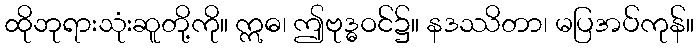
ထိုဘုရားသုံးဆူတို့ကို။ ဣဓ၊ ဤဗုဒ္ဓဝင်၌။ နဒဿိတာ၊ မပြအပ်ကုန်။